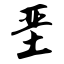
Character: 垩